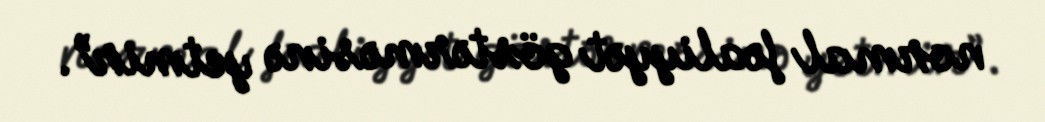
normal fəaliyyət göstərməsinə yetmir”.